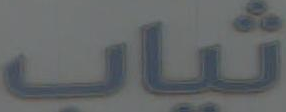
ثياب